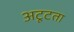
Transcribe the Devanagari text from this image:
अटूटता